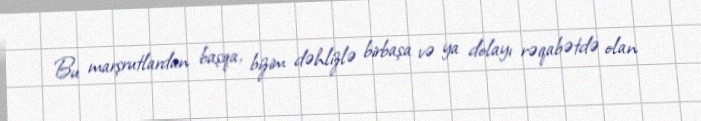
Bu marşrutlardan başqa, bizim dəhlizlə birbaşa və ya dolayı rəqabətdə olan